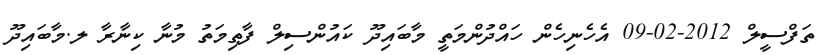
ތަފްސީލް 2012-02-09 އެހެނިހެން ހައްދުންމަތީ މާބައިދޫ ކައުންސިލް ފާޠިމަތު މުނާ ކިނާރާ ލ.މާބައިދޫ